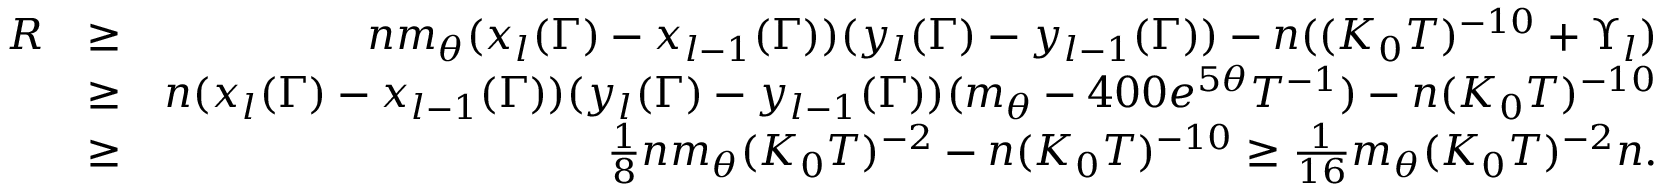
\begin{array} { r l r } { R } & { \geq } & { n m _ { \theta } ( x _ { l } ( \Gamma ) - x _ { l - 1 } ( \Gamma ) ) ( y _ { l } ( \Gamma ) - y _ { l - 1 } ( \Gamma ) ) - n ( ( K _ { 0 } T ) ^ { - 1 0 } + \Upsilon _ { l } ) } \\ & { \geq } & { n ( x _ { l } ( \Gamma ) - x _ { l - 1 } ( \Gamma ) ) ( y _ { l } ( \Gamma ) - y _ { l - 1 } ( \Gamma ) ) ( m _ { \theta } - 4 0 0 e ^ { 5 \theta } T ^ { - 1 } ) - n ( K _ { 0 } T ) ^ { - 1 0 } } \\ & { \geq } & { \frac { 1 } { 8 } n m _ { \theta } ( K _ { 0 } T ) ^ { - 2 } - n ( K _ { 0 } T ) ^ { - 1 0 } \geq \frac { 1 } { 1 6 } m _ { \theta } ( K _ { 0 } T ) ^ { - 2 } n . } \end{array}